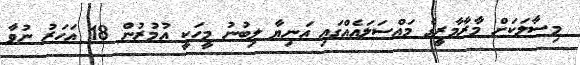
މިސާލަކަށް މާރާމާރީގެ މައްސަލައެއްގައި އަނިޔާ ލިބުނު މީހަކީ އުމުރުން 18 އަހަރު ނުވާ